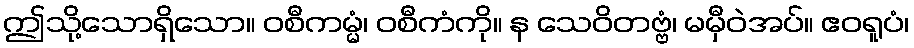
ဤသို့သောရှိသော။ ဝစီကမ္မံ၊ ဝစီကံကို။ န သေဝိတဗ္ဗံ၊ မမှီဝဲအပ်။ ဧဝရူပံ၊